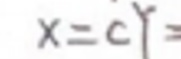
$x = c Y =$